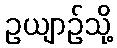
ဥယျာဉ်သို့